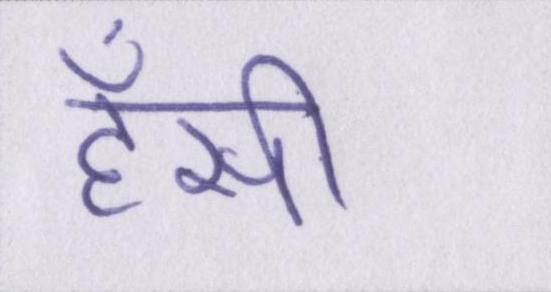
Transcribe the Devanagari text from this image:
हॅसी